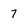
Character: 7